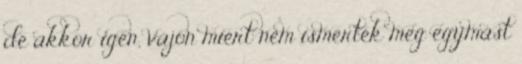
de akkor igen, vajon miért nem ismerték meg egymást